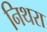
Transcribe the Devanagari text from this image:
निथरा